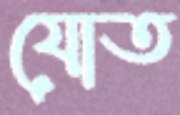
যোত